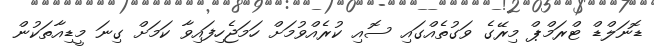
ޑޮނަލްޑް ޓްރަމްޕް މިރޭގެ ވަގުތެއްގައި ސޮއި ކުރެއްވުމަށް ހަމަޖެހިފައިވާ ކަމަށް ގިނަ މީޑިއާތަކުން